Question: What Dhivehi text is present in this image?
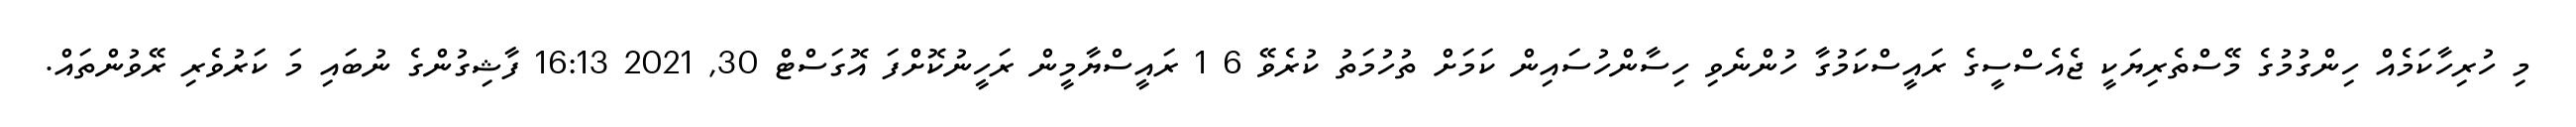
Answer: މި ހުރިހާކަމެއް ހިންގުމުގެ މޭސްތެރިޔަކީ ޖެއެސްސީގެ ރައީސްކަމުގާ ހުންނެވި ހިސާންހުސައިން ކަމަށް ތުހުމަތު ކުރެވޭ 6 1 ރައީސްޔާމީން ރަހީނުކޮށްފަ އޮގަސްޓް 30, 2021 16:13 ފާޝިގުންގެ ނުބައި މަ ކަރުވެރި ރޭވުންތައް.